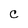
Character: C